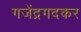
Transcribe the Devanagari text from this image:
गजेंद्रगदकर